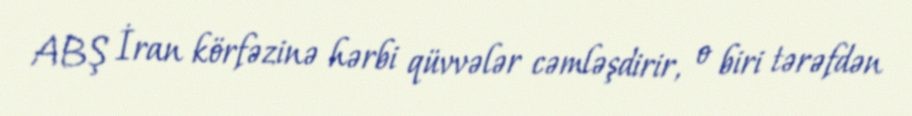
ABŞ İran körfəzinə hərbi qüvvələr cəmləşdirir, o biri tərəfdən